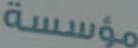
مؤسسة